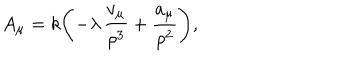
A _ { \mu } = k \Biggl ( - \lambda \, \frac { v _ { \mu } } { \rho ^ { 3 } } + \frac { a _ { \mu } } { \rho ^ { 2 } } \Biggr ) ,